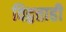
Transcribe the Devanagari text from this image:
विद्वत्ताही